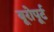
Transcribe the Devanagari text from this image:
यूरोपूर्ट